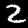
Digit: 2